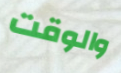
والوقت